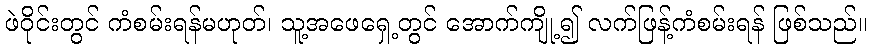
ဖဲဝိုင်းတွင် ကံစမ်းရန်မဟုတ်၊ သူ့အဖေရှေ့တွင် အောက်ကျို့၍ လက်ဖြန့်ကံစမ်းရန် ဖြစ်သည်။